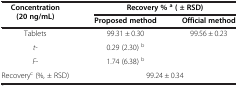
<table><thead><tr><td rowspan="2"><b>Concentration (20 ng/mL)</b></td><td colspan="2"><b>Recovery % <sup>a</sup>( ± RSD)</b></td></tr><tr><td><b>Proposed method</b></td><td><b>Official method</b></td></tr></thead><tbody><tr><td>Tablets</td><td>99.31 ± 0.30</td><td>99.56 ± 0.23</td></tr><tr><td><i>t-</i></td><td>0.29 (2.30) <sup>b</sup></td><td rowspan="2"> </td></tr><tr><td><i>F-</i></td><td>1.74 (6.38) <sup>b</sup></td></tr><tr><td>Recovery<sup>c</sup> (%, ± RSD)</td><td colspan="2">99.24 ± 0.34</td></tr></tbody></table>